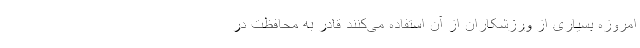
امروزه بسیاری از ورزشکاران از آن استفاده می‌کنند قادر به محافظت در